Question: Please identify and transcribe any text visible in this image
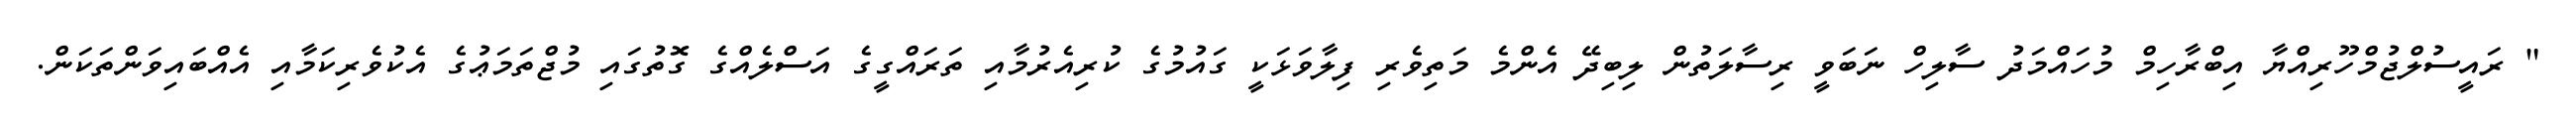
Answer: " ރައީސުލްޖުމްހޫރިއްޔާ އިބްރާހިމް މުހައްމަދު ސާލިހް ނަބަވީ ރިސާލަތުން ލިބިދޭ އެންމެ މަތިވެރި ފިލާވަޅަކީ ގައުމުގެ ކުރިއެރުމާއި ތަރައްގީގެ އަސްލެއްގެ ގޮތުގައި މުޖްތަމަޢުގެ އެކުވެރިކަމާއި އެއްބައިވަންތަކަން.